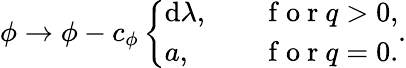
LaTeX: \phi\to\phi-c_{\phi}\left\{ \begin{array}{ll}{\mathrm{d}\lambda,}&{\quad\mathrm{~f~o~r~}q>0,}\\ {a,}&{\quad\mathrm{~f~o~r~}q=0.}\end{array}\right..